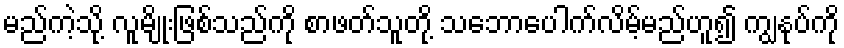
မည်ကဲ့သို့ လူမျိုးဖြစ်သည်ကို စာဖတ်သူတို့ သဘောပေါက်လိမ့်မည်ဟူ၍ ကျွနုပ်ကို